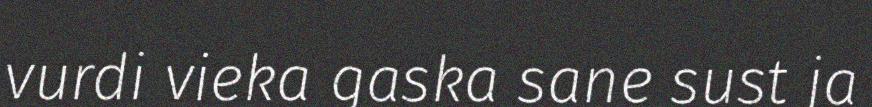
vurdi vieka gaska sane sust ja